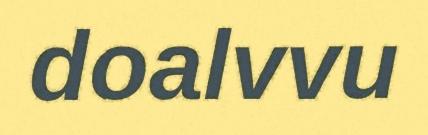
doalvvu